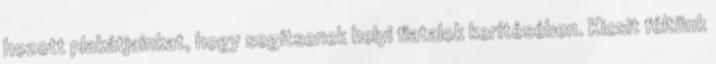
hozott plakátjainkat, hogy segítsenek helyi fiatalok kerítésében. Kicsit féltünk